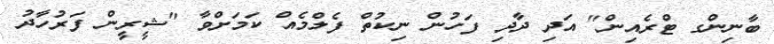
ބާނިންގ ޓްރެއިން" އަދި ދާދި ފަހުން ނިކުތް ފެލްމެއް ކަމަށްވާ "ޝީރީން ފަރުހާދު